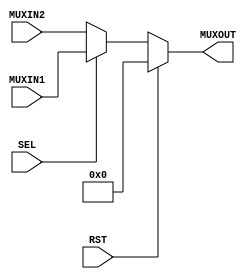
module mux(MUXIN1, MUXIN2, MUXOUT, SEL, RST);

input RST;
input SEL;
input [31:0] MUXIN1;
input [31:0] MUXIN2;

output reg [31:0] MUXOUT;

always @(*) begin
    if(RST == 1) MUXOUT = 32'b0; else
        MUXOUT = SEL ? MUXIN1 : MUXIN2;
        
end

endmodule